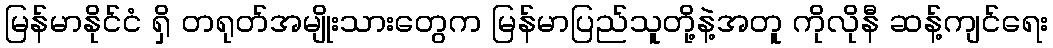
မြန်မာနိုင်ငံ ရှိ တရုတ်အမျိုးသားတွေက မြန်မာပြည်သူတို့နဲ့အတူ ကိုလိုနီ ဆန့်ကျင်ရေး